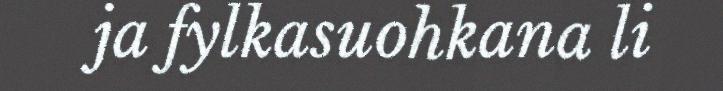
ja fylkasuohkana li